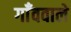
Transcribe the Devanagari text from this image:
गाँववाले